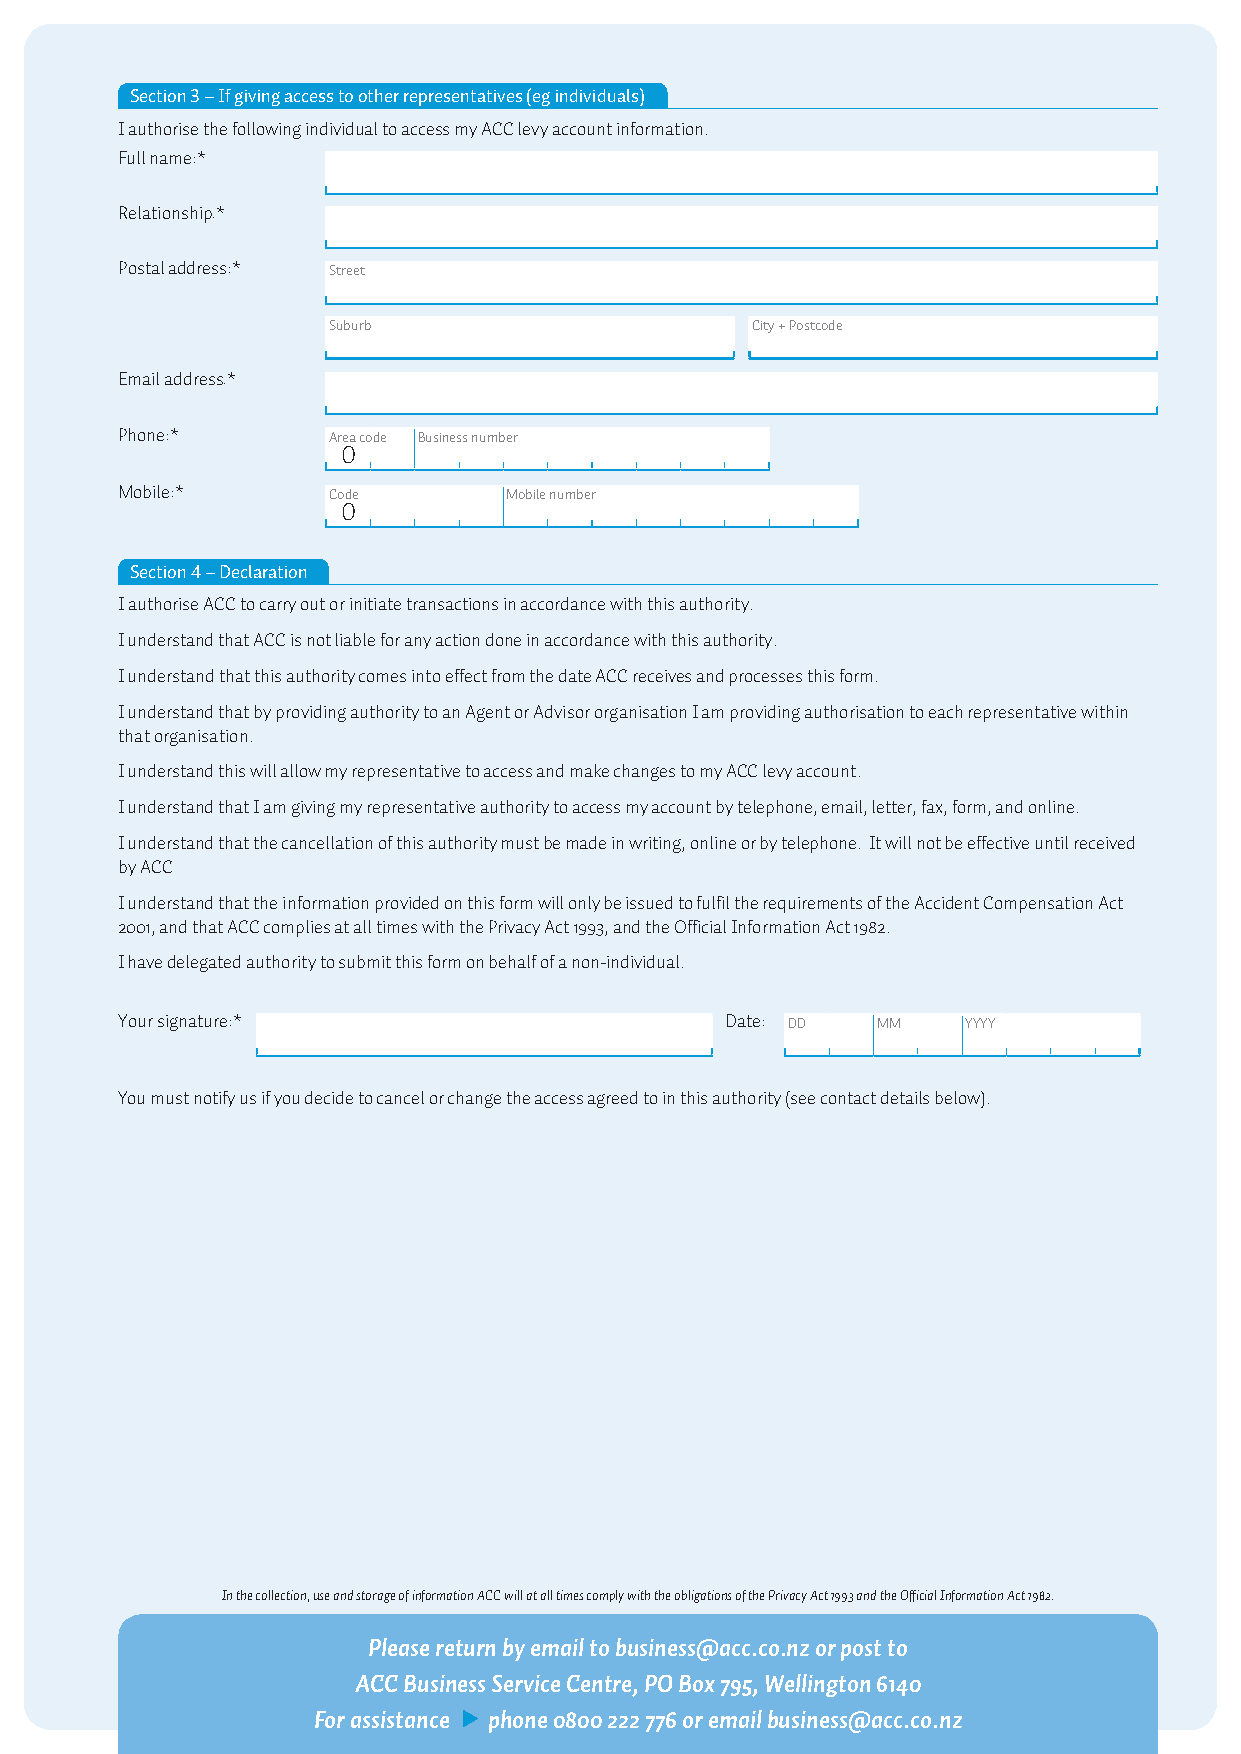
Section 3 – If giving access to other representatives (eg individuals)
 I authorise the following individual to access my ACC levy account information.
 Full name:*
 Relationship:*
 Postal address:* Street
 Suburb                      City + Postcode
 Email address:*
 Phone:*       Area code Business number
 0
 Mobile:*      Code       Mobile number
 0
 Section 4 – Declaration
 I authorise ACC to carry out or initiate transactions in accordance with this authority.
 I understand that ACC is not liable for any action done in accordance with this authority.
 I understand that this authority comes into effect from the date ACC receives and processes this form.
 I understand that by providing authority to an Agent or Advisor organisation I am providing authorisation to each representative within
 that organisation.
 I understand this will allow my representative to access and make changes to my ACC levy account.
 I understand that I am giving my representative authority to access my account by telephone, email, letter, fax, form, and online.
 I understand that the cancellation of this authority must be made in writing, online or by telephone. It will not be effective until received
 by ACC
 I understand that the information provided on this form will only be issued to fulfil the requirements of the Accident Compensation Act
 2001, and that ACC complies at all times with the Privacy Act 1993, and the Official Information Act 1982.
 I have delegated authority to submit this form on behalf of a non-individual.
 Your signature:*                        Date: DD  MM    YYYY
 You must notify us if you decide to cancel or change the access agreed to in this authority (see contact details below).
 In the collection, use and storage of information ACC will at all times comply with the obligations of the Privacy Act 1993 and the Official Information Act 1982.
 Please return by email to business@acc.co.nz or post to
 ACC Business Service Centre, PO Box 795, Wellington 6140
 For assistance phone 0800 222 776 or email business@acc.co.nz